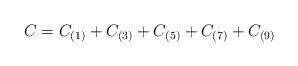
LaTeX: \begin{align*}C = C_{(1)} + C_{(3)} + C_{(5)} + C_{(7)} + C_{(9)}\end{align*}